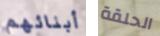
أبنائهم الحلقة